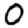
Digit: 0